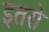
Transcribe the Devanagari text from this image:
इतरो